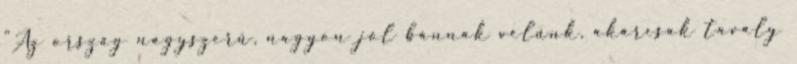
"Az ország nagyszerű, nagyon jól bánnak velünk, akárcsak tavaly